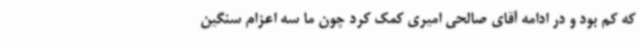
که کم بود و در ادامه آقای صالحی امیری کمک کرد چون ما سه اعزام سنگین